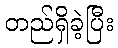
တည်ရှိခဲ့ပြီး